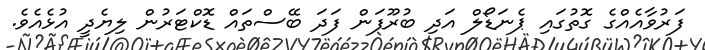
ފަރުވާއެއްގެ ގޮތުގަައި ޕެނަޑޯލް އަދި ބުރޫފަން ފަދަ ބޭސްތައް ޑޮކްޓަރުން ލިޔެދީ އުޅެއެވެ.